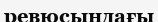
ревюсындағы